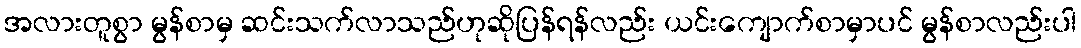
အလားတူစွာ မွန်စာမှ ဆင်းသက်လာသည်ဟုဆိုပြန်ရန်လည်း ယင်းကျောက်စာမှာပင် မွန်စာလည်းပါ